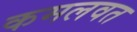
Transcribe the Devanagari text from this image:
कमलवत